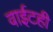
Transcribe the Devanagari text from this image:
वाईटही